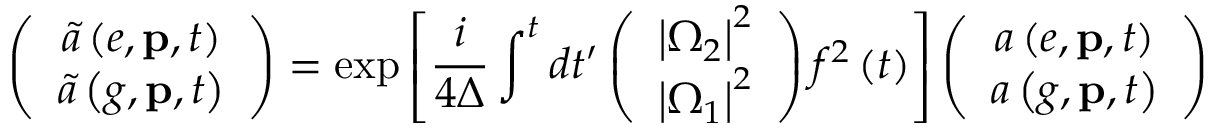
\left( \begin{array} { c } { \tilde { a } \left( e , \mathbf { p } , t \right) } \\ { \tilde { a } \left( g , \mathbf { p } , t \right) } \end{array} \right) = \exp \left[ \frac { i } { 4 \Delta } \int ^ { t } d t ^ { \prime } \left( \begin{array} { c } { \left\vert \Omega _ { 2 } \right\vert ^ { 2 } } \\ { \left\vert \Omega _ { 1 } \right\vert ^ { 2 } } \end{array} \right) f ^ { 2 } \left( t \right) \right] \left( \begin{array} { c } { a \left( e , \mathbf { p } , t \right) } \\ { a \left( g , \mathbf { p } , t \right) } \end{array} \right)